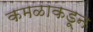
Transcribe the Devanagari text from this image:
कमळाकडून